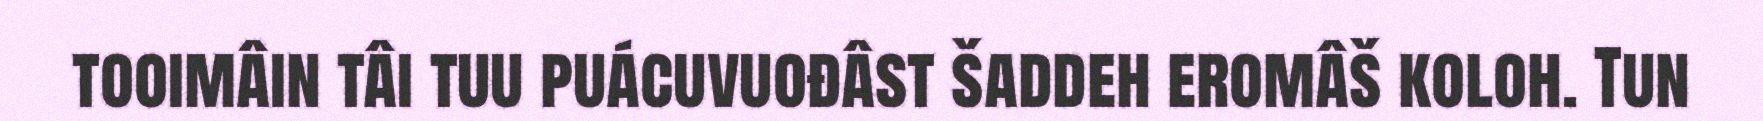
tooimâin tâi tuu puácuvuođâst šaddeh eromâš koloh. Tun